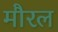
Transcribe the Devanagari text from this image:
मौरल